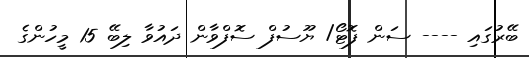
ބޭރުގައި ---- ސަން ފޮޓޯ/ ޔޫސުފް ސޮފްވާން ދައުވާ ލިބޭ 15 މީހުންގެ